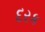
દરક